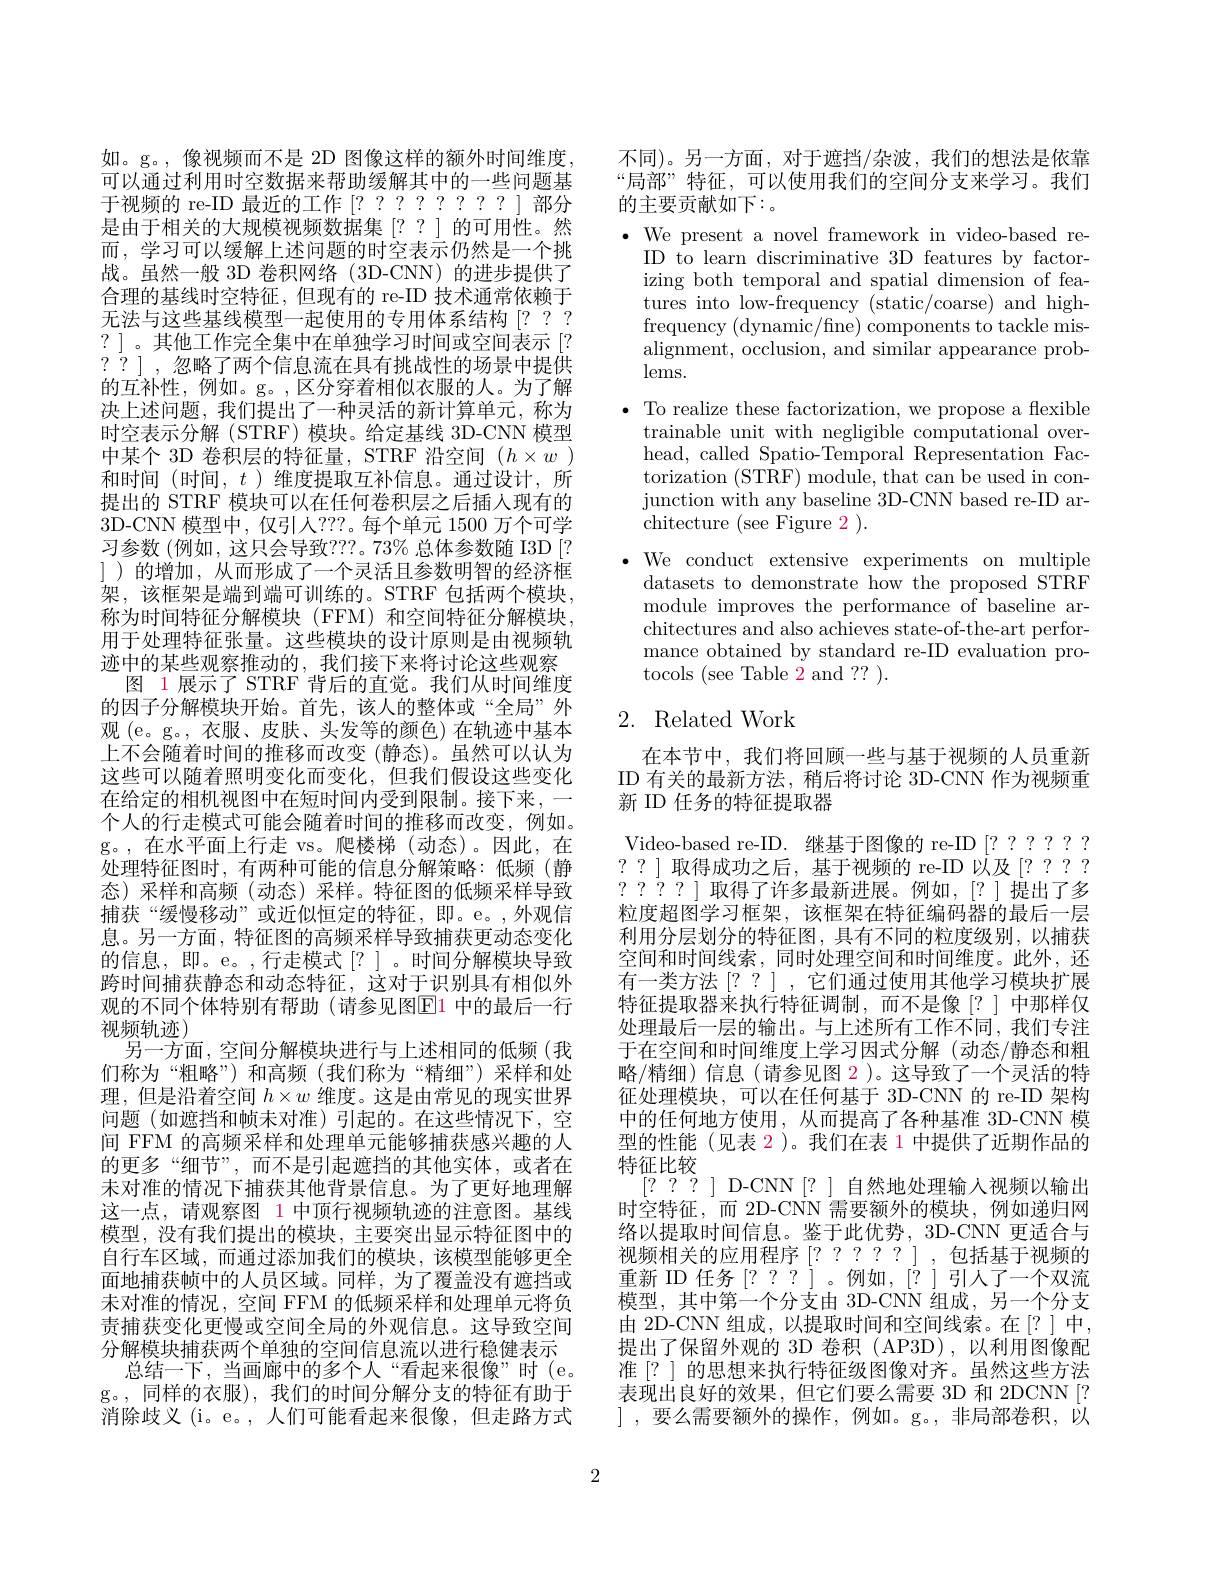
如。g。,像视频而不是 2D 图像这样的额外时间维度， 可以通过利用时空数据来帮助缓解其中的一些问题基于视频的 re-ID 最近的工作[?????????]部分是由于相关的大规模视频数据集[??]的可用性。然而，学习可以缓解上述问题的时空表示仍然是一个挑战。虽然一般 3D 卷积网络 (3D-CNN) 的进步提供了合理的基线时空特征，但现有的 re-ID 技术通常依赖于无法与这些基线模型一起使用的专用体系结构[???? ? ] 。其他工作完全集中在单独学习时间或空间表示[? ??],忽略了两个信息流在具有挑战性的场景中提供的互补性，例如。g。,区分穿着相似衣服的人。为了解决上述问题，我们提出了一种灵活的新计算单元，称为时空表示分解 (STRF)模块。给定基线 3D-CNN 模型中某个 3D 卷积层的特征量，STRF 沿空间$(h\times w)$ 和时间(时间，$t$ )维度提取互补信息。通过设计，所提出的 STRF 模块可以在任何卷积层之后插入现有的3D-CNN 模型中，仅引人？??。每个单元 1500 万个可学习参数 (例如，这只会导致？??。73% 总体参数随 I3D [? ])的增加，从而形成了一个灵活且参数明智的经济框架，该框架是端到端可训练的。STRF 包括两个模块， 称为时间特征分解模块(FFM)和空间特征分解模块， 用于处理特征张量。这些模块的设计原则是由视频轨迹中的某些观察推动的，我们接下来将讨论这些观察
图 1 展示了 STRF 背后的直觉。我们从时间维度的因子分解模块开始。首先，该人的整体或“全局”外观( e。g。, 衣服、皮肤、头发等的颜色)在轨迹中基本上不会随着时间的推移而改变(静态)。虽然可以认为这些可以随着照明变化而变化，但我们假设这些变化在给定的相机视图中在短时间内受到限制。接下来，一个人的行走模式可能会随着时间的推移而改变，例如。g。,在水平面上行走 vs。爬楼梯(动态)。因此，在处理特征图时，有两种可能的信息分解策略：低频(静态)采样和高频(动态)采样。特征图的低频采样导致捕获“缓慢移动”或近似恒定的特征，即。e。,外观信息。另一方面，特征图的高频采样导致捕获更动态变化的信息，即。e。,行走模式[?]。时间分解模块导致跨时间捕获静态和动态特征，这对于识别具有相似外观的不同个体特别有帮助(请参见图$\boxed{\mathrm{E}}$1 中的最后一行视频轨迹)
另一方面，空间分解模块进行与上述相同的低频(我们称为“粗略”)和高频(我们称为“精细”)采样和处理，但是沿着空间$h\times w$维度。这是由常见的现实世界问题(如遮挡和帧未对准)引起的。在这些情况下，空间 FFM 的高频采样和处理单元能够捕获感兴趣的人的更多“细节”,而不是引起遮挡的其他实体，或者在末对准的情况下捕获其他背景信息。为了更好地理解这一点，请观察图 1 中顶行视频轨迹的注意图。基线模型，没有我们提出的模块，主要突出显示特征图中的自行车区域，而通过添加我们的模块，该模型能够更全面地捕获帧中的人员区域。同样，为了覆盖没有遮挡或未对准的情况，空间 FFM 的低频采样和处理单元将负责捕获变化更慢或空间全局的外观信息。这导致空间分解模块捕获两个单独的空间信息流以进行稳健表示
总结一下，当画廊中的多个人“看起来很像”时(e。g。,同样的衣服),我们的时间分解分支的特征有助于消除歧义 (i。e。, 人们可能看起来很像，但走路方式

不同)。另一方面，对于遮挡/杂波，我们的想法是依靠“局部”特征，可以使用我们的空间分支来学习。我们的主要贡献如下：。

$\bullet$ We present a novel framework in video-based reID to learn discriminative 3D features by factorizing both temporal and spatial dimension of features into low-frequency (static/coarse) and highfrequency (dynamic/fine) components to tackle misalignment, occlusion, and similar appearance prob- $\bar{\mathrm{lems.}}$
$\bullet$ To realize these factorization, we propose a flexible
trainable unit with negligible computational overhead, called Spatio-Temporal Representation Factorization (STRF)module, that can be used in conjunction with any baseline 3D-CNN based re-ID architecture (see Figure 2).
$\bullet$ We conduct extensive experiments on multiple
datasets to demonstrate how the proposed STRF module improves the performance of baseline architectures and also achieves state-of-the-art performance obtained by standard re-ID evaluation protocols (see Table 2 and ?? ).

## 2. Related Work

在本节中，我们将回顾一些与基于视频的人员重新ID 有关的最新方法，稍后将讨论 3D-CNN 作为视频重新 ID 任务的特征提取器

Video-based re-ID. 继基于图像的 re-ID [??????? ??]取得成功之后，基于视频的 re-ID 以及[???? ????]取得了许多最新进展。例如，[?]提出了多粒度超图学习框架，该框架在特征编码器的最后一层利用分层划分的特征图，具有不同的粒度级别，以捕获空间和时间线索，同时处理空间和时间维度。此外，还有一类方法[??],它们通过使用其他学习模块扩展特征提取器来执行特征调制，而不是像[?]中那样仅处理最后一层的输出。与上述所有工作不同，我们专注于在空间和时间维度上学习因式分解(动态/静态和粗略/精细)信息(请参见图 2 )。这导致了一个灵活的特征处理模块，可以在任何基于 3D-CNN 的 re-ID 架构中的任何地方使用，从而提高了各种基准 3D-CNN 模型的性能(见表 2)。我们在表 1 中提供了近期作品的特征比较
[???] D-CNN[?] 自然地处理输人视频以输出时空特征，而 2D-CNN 需要额外的模块，例如递归网络以提取时间信息。鉴于此优势，3D-CNN 更适合与视频相关的应用程序[?????],包括基于视频的重新 ID 任务[???]。例如，[?]引人了一个双流模型，其中第一个分支由 3D-CNN 组成，另一个分支由 2D-CNN 组成，以提取时间和空间线索。在[?]中， 提出了保留外观的 3D 卷积 (AP3D),以利用图像配准[?]的思想来执行特征级图像对齐。虽然这些方法表现出良好的效果，但它们要么需要 3D 和 2DCNN[? ],要么需要额外的操作，例如。g。,非局部卷积，以

2